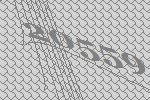
20559